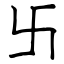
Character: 卐